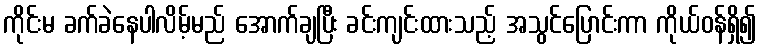
ကိုင်းမ ခက်ခဲနေပါလိမ့်မည် အောက်ချပြီး ခင်းကျင်းထားသည့် အသွင်ပြောင်းကာ ကိုယ်ဝန်ရှိ၍